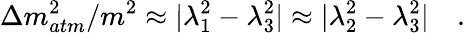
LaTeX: \Delta m_{atm}^{2}/m^{2}\approx|\lambda_{1}^{2}-\lambda_{3}^{2}|\approx|\lambda_{2}^{2}-\lambda_{3}^{2}|\quad.